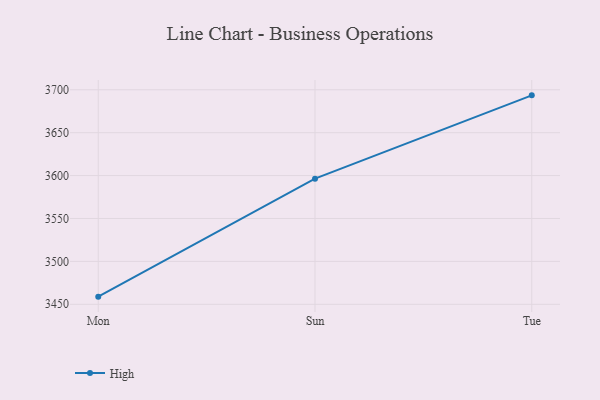
{"axis": {"x": "Day", "y": "Latency (ms)"}, "legend": ["High"], "data": [{"x": "Mon", "y": 3458.9, "type": "High"}, {"x": "Sun", "y": 3596.4, "type": "High"}, {"x": "Tue", "y": 3693.5, "type": "High"}]}